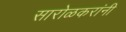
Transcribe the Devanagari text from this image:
सारोळकरांनी